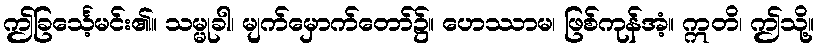
ဤခြင်္သေ့မင်း၏။ သမ္မုခါ၊ မျက်မှောက်တော်၌။ ဟေဿာမ၊ ဖြစ်ကုန်အံ့။ ဣတိ၊ ဤသို့။